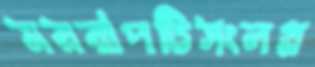
ময়রাপট্টিসংলগ্ন